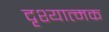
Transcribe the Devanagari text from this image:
दृश्‍यात्‍मक